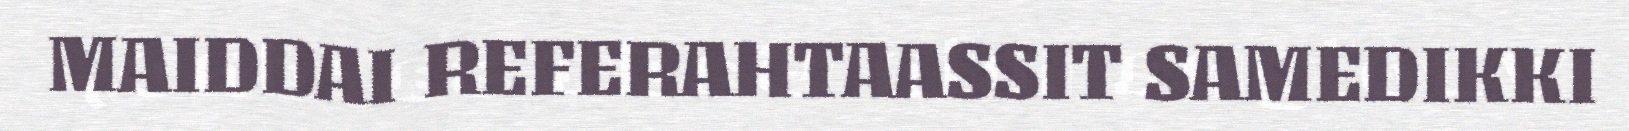
MAIDDAI REFERAHTAASSIT SAMEDIKKI